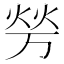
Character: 𰞪